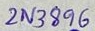
Text: 2N3896